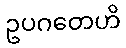
ဥပဂတေဟိ